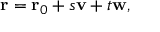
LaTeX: \mathbf { r } = \mathbf { r } _ { 0 } + s \mathbf { v } + t \mathbf { w } ,